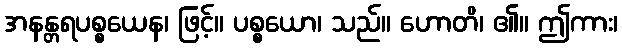
အနန္တရပစ္စယေန၊ ဖြင့်။ ပစ္စယော၊ သည်။ ဟောတိ၊ ၏။ ဤကား၊